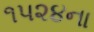
૧૫૨૪ના